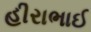
હીરાભાઈ